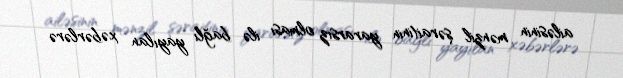
ailəsinin mənzil şəraitinin yararsız olması ilə bağlı yayılan xəbərlərə